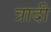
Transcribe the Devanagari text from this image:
त्रादी